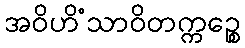
အဝိဟိံသာဝိတက္ကဉ္စေ